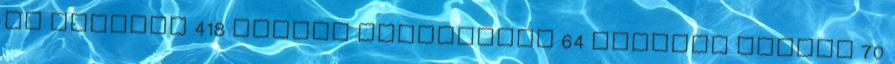
is létezik 418 hétfői mészárszék 64 ilyenek voltak 70